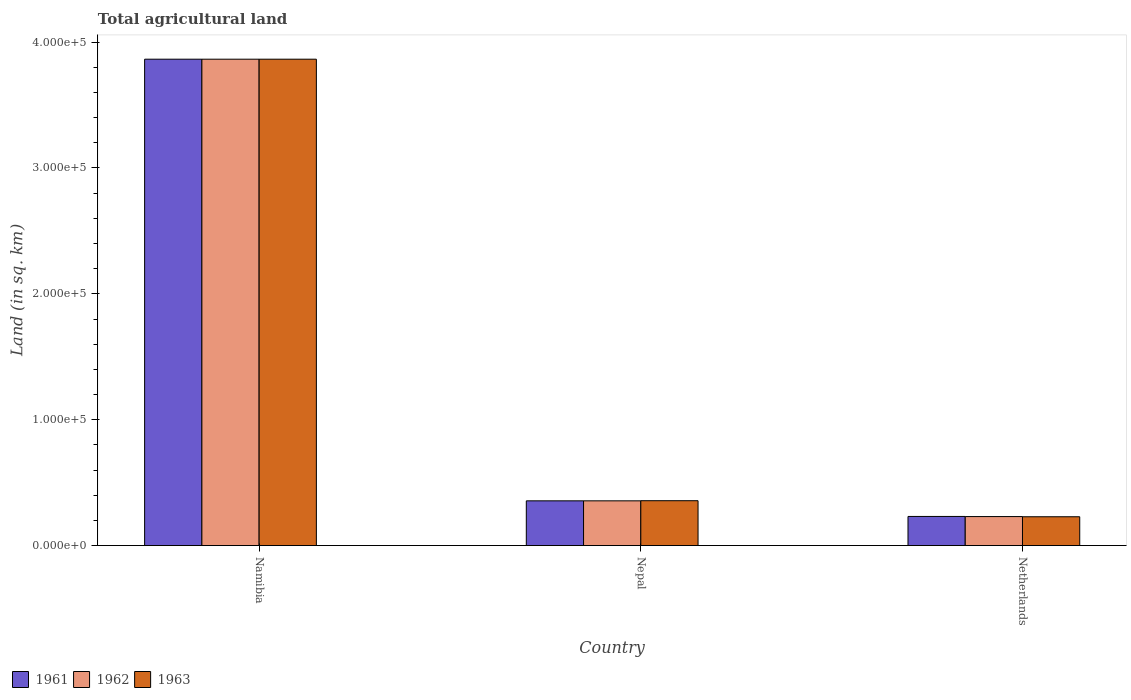
| Country | 1961 | 1962 | 1963 |
 | --- | --- | --- | --- |
 | Namibia | 3.86e+05 | 3.86e+05 | 3.86e+05 |
 | Nepal | 3.55e+04 | 3.55e+04 | 3.56e+04 |
 | Netherlands | 2.31e+04 | 2.3e+04 | 2.29e+04 |